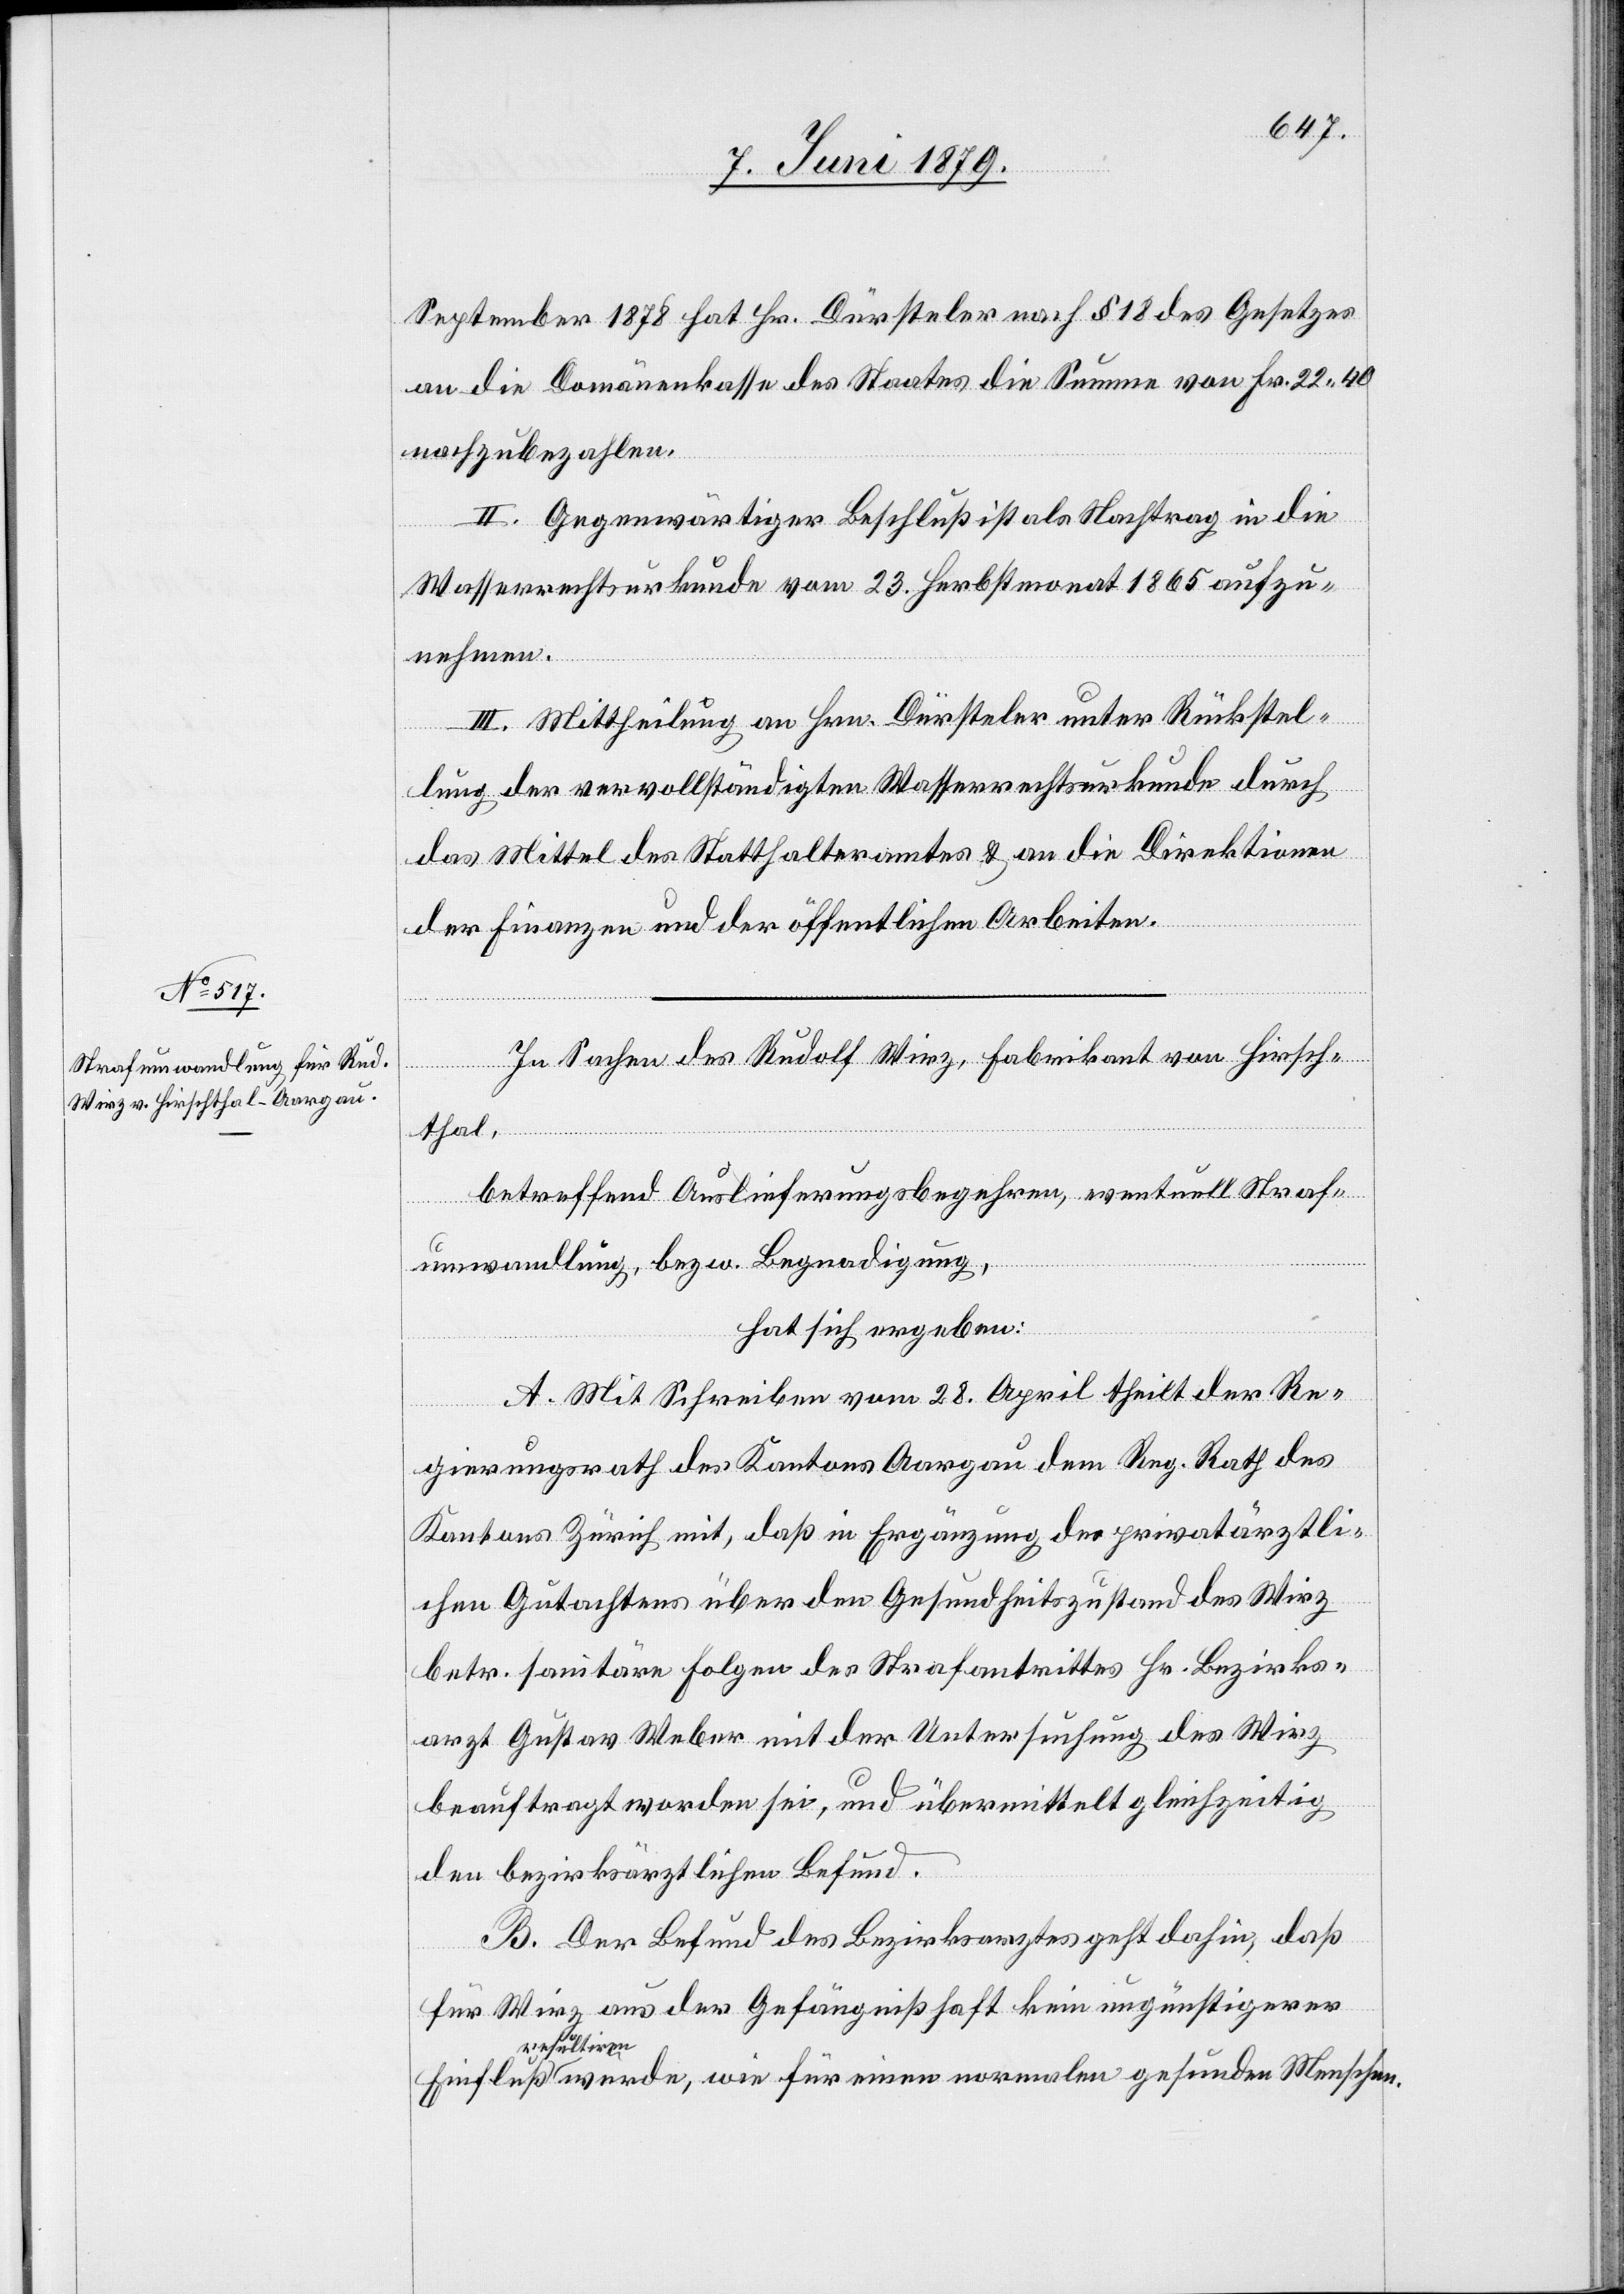
September 1878 hat Hr. Dürsteler nach § 18 des Gesetzes
an die Domänenkasse des Staates die Summe von Fr. 22 40
nachzubezahlen.
II. Gegenwärtiger Beschluß ist als Nachtrag in die
Menschen.
Wasserrechtsurkunde vom 23. Herbstmonat 1865 aufzu¬
nehmen.
III. Mittheilung an Hrn. Dürsteler unter Rückstel¬
lung der vervollständigten Wasserrechtsurkunde durch
das Mittel des Statthalteramtes & an die Direktionen
der Finanzen und der öffentlichen Arbeiten.
In Sachen des Rudolf Wirz, Fabrikant von Hirsch¬
thal,
betreffend Auslieferungsbegehren, eventuell Straf¬
ges¬
umwandlung, bezw. Begnadigung,
hat sich ergeben:
A. Mit Schreiben vom 28. April theilt der Re¬
unden
gierungsrath des Kantons Aargau dem Reg. Rath des
Kantons Zürich mit, daß in Ergänzung des privatärztli¬
chen Gutachtens über den Gesundheitszustand des Wirz
betr. sanitäre Folgen des Strafantrittes Hr. Bezirks¬
arzt Gustav Weber mit der Untersuchung des Wirz
beauftragt worden sei, und übermittelt gleichzeitig
den bezirksärztlichen Befund.
B. Der Befund des Bezirksarztes geht dahin, daß
für Wirz aus der Gefängnißhaft kein ungünstigerer
resultiren